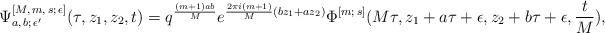
LaTeX: \begin{align*}\Psi^{[M,\, m,\, s;\,\epsilon]}_{a,\, b;\,\epsilon^{\prime}} (\tau,z_1,z_2,t) = q^{\frac{(m+1)ab}{M}} e^{\frac{2\pi i (m+1)}{M} (bz_1+az_2)} \Phi^{[m;\,s]} (M\tau, z_1+a\tau+\epsilon, z_2+b\tau+\epsilon, \frac{t}{M}),\end{align*}